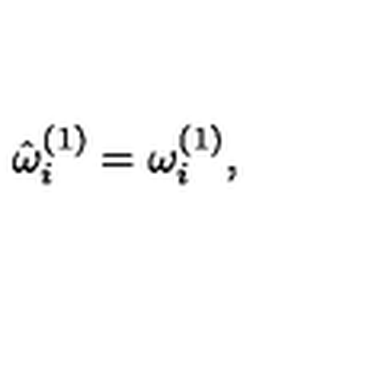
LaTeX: { \hat { \omega } } _ { i } ^ { ( 1 ) } = \omega _ { i } ^ { ( 1 ) } , \,